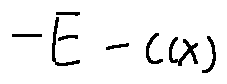
- E - c ( x )